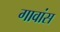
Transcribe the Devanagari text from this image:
गावांस